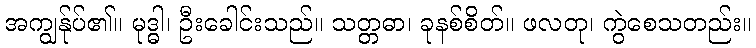
အကျွန်ုပ်၏။ မုဒ္ဓါ၊ ဦးခေါင်းသည်။ သတ္တဓာ၊ ခုနစ်စိတ်။ ဖလတု၊ ကွဲစေသတည်း။